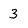
Character: 3